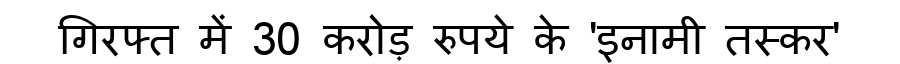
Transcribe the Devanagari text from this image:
गिरफ्त में 30 करोड़ रुपये के 'इनामी तस्कर'